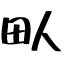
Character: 㽗